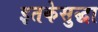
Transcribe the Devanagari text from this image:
इतकेसुद्धा